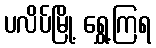
ပလိပ်မြို့ ရွှေ့ကြရ